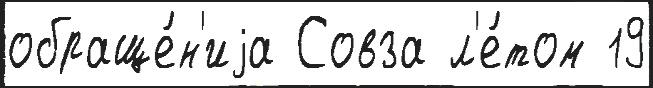
обраще́н'иjа Совза л'е́том 19